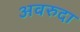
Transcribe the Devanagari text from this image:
अवरुदा